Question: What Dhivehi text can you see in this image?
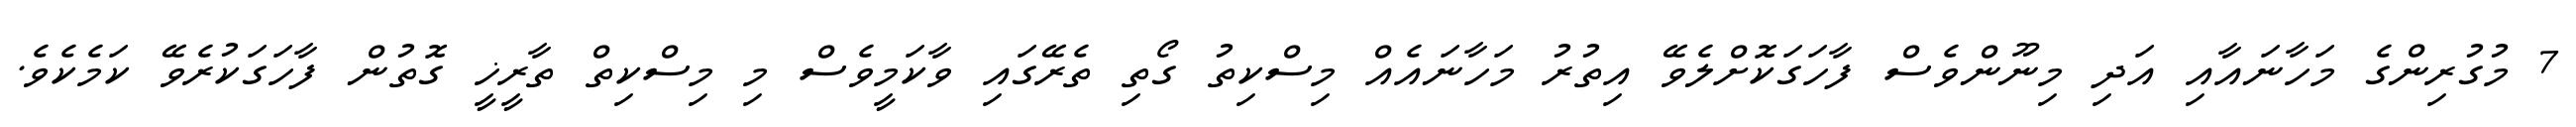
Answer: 7 މުގުރިންގެ މަހާނައާއި އަދި މިނޫންވެސް ފާހަގަކޮށްލެވޭ އިތުރު މަހާނައެއް މިސްކިތު ގޯތި ތެރޭގައި ވާކަމީވެސް މި މިސްކިތް ތާރީޚީ ގޮތުން ފާހަގަކުރެވޭ ކަމެކެވެ.